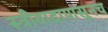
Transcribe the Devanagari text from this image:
स्त्रीवादापासूनच